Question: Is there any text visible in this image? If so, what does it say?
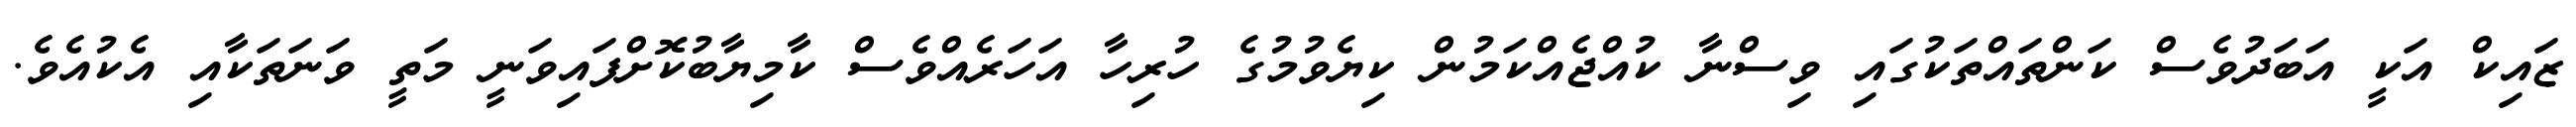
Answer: ޒައިކް އަކީ އަބަދުވެސް ކަންތައްތަކުގައި ވިސްނާ ކުއްޖެއްކަމުން ކިޔެވުމުގެ ހުރިހާ އަހަރެއްވެސް ކާމިޔާބުކޮށްފައިވަނީ މަތީ ވަނަތަކާއި އެކުއެވެ.